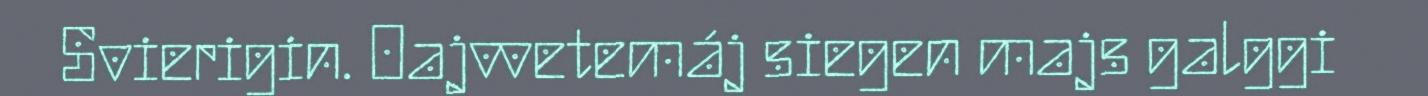
Svierigin. Oajvvetemáj siegen majs galggi